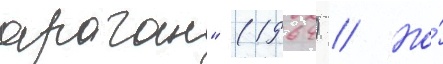
араган" (1964) // Но́